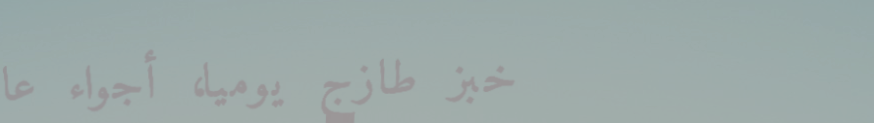
خبز طازج يومياً، أجواء عا